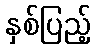
နှစ်ပြည့်